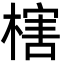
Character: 㮫